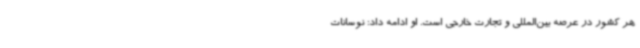
هر کشور در عرصه بین‌المللی و تجارت خارجی است. او ادامه داد: نوسانات